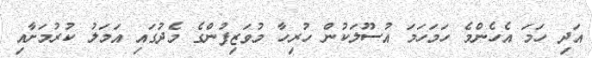
އަދި ހަމަ އެހެންމެ ހަމަހަމަ އުސޫލަކުން ހުރިހާ މުވަޒިފުންގެ މެދުގައި އަމަލު ކުރުމަށާއި